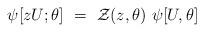
LaTeX: \begin{align*}\psi[zU;\theta]~=~{\cal Z} (z,\theta)~\psi[U,\theta]\end{align*}